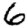
Digit: 6